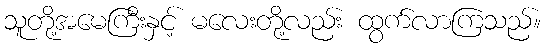
သူတို့အမေကြီးနှင့် မလေးတို့လည်း ထွက်လာကြသည်။